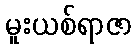
မူးယစ်ရာဇာ